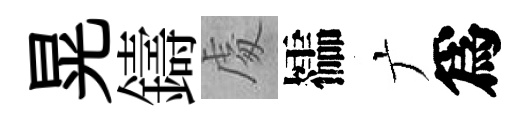
晃鑄䖏櫺广爲